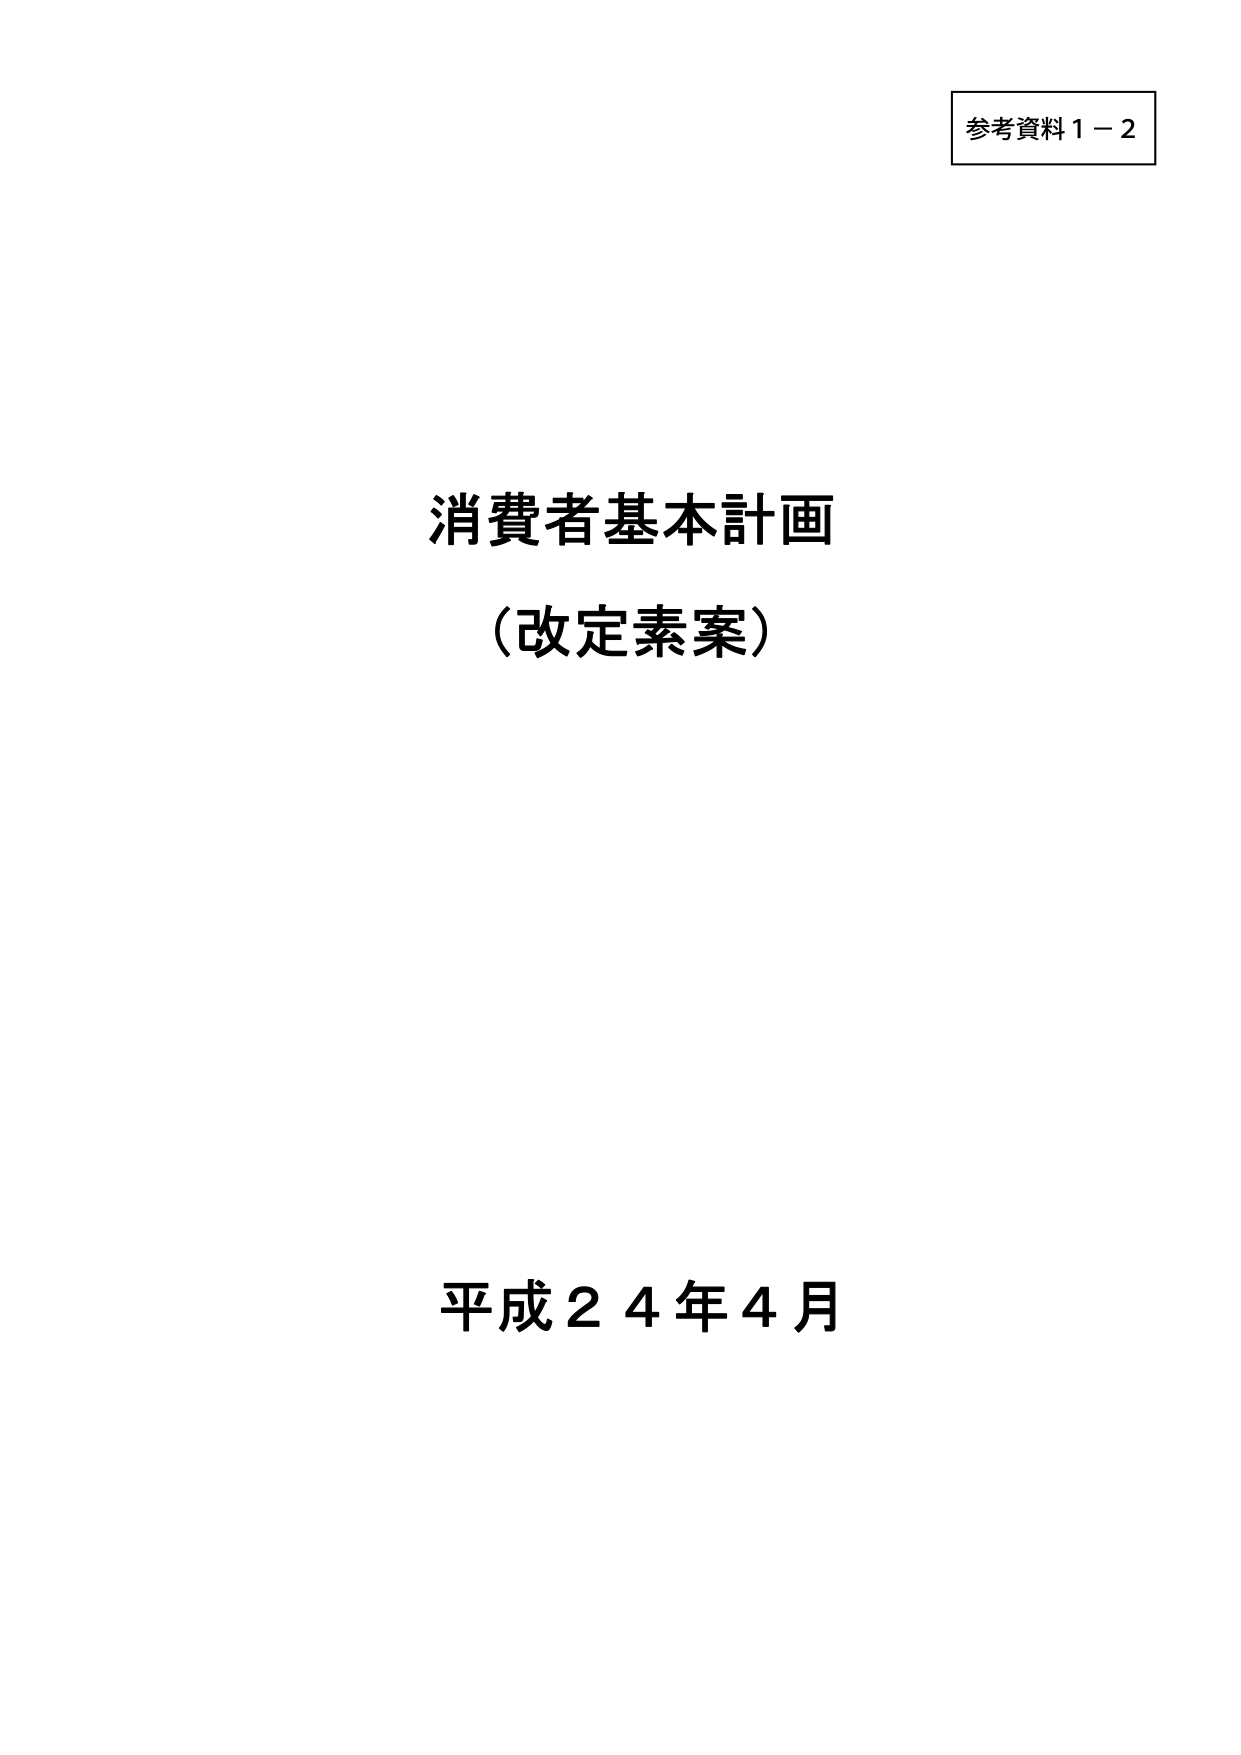
参考資料１－２

消費者基本計画
（改定素案）

平成２４年４月